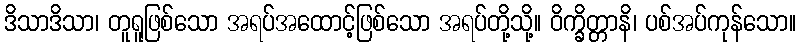
ဒိသာဒိသာ၊ တူရူဖြစ်သော အရပ်အထောင့်ဖြစ်သော အရပ်တို့သို့။ ဝိက္ခိတ္တာနိ၊ ပစ်အပ်ကုန်သော။